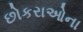
છોકરાઓના